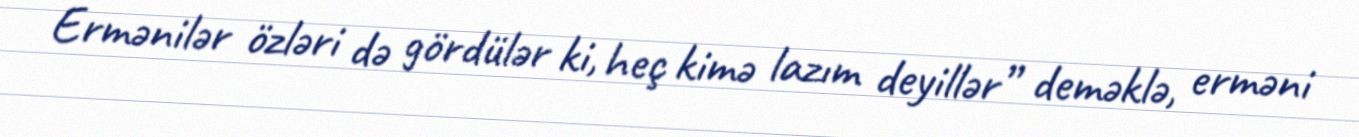
Ermənilər özləri də gördülər ki, heç kimə lazım deyillər” deməklə, erməni